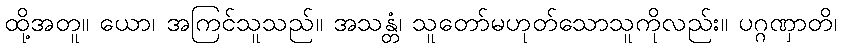
ထို့အတူ။ ယော၊ အကြင်သူသည်။ အသန္တံ၊ သူတော်မဟုတ်သောသူကိုလည်း။ ပဂ္ဂဏှာတိ၊